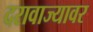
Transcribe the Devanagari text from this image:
दरावाज्यावर